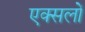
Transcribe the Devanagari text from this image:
एक्सलों